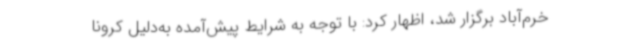
خرم‌آباد برگزار شد، اظهار کرد: با توجه به شرایط پیش‌آمده به‌دلیل کرونا